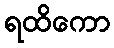
ရထိကော